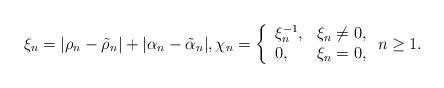
LaTeX: \begin{gather*}\xi_n = |\rho_n - \tilde \rho_n| + |\alpha_n - \tilde \alpha_n|, \chi_{n} = \left\{\begin{array}{ll}\xi_n^{-1}, & \xi_n \neq 0,\\0, & \xi_n = 0,\end{array}\right. n \ge 1.\end{gather*}